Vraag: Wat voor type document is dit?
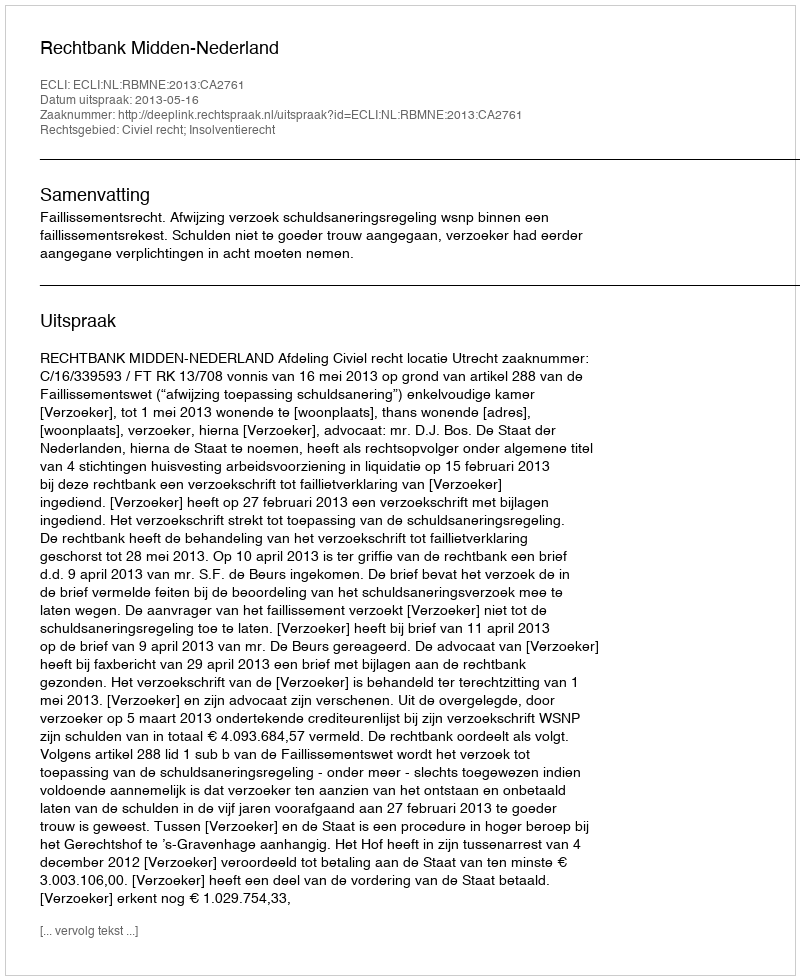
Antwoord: Uitspraak